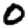
Digit: 0